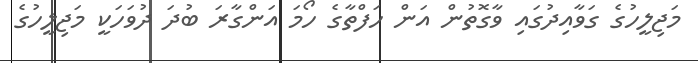
މަޖިލީހުގެ ގަވާއިދުގައި ވާގޮތުން އަން ހަފްތާގެ ހޯމަ އަންގާރަ ބުދަ ދުވަހަކީ މަޖިލީހުގެ